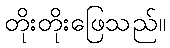
တိုးတိုးဖြေသည်။